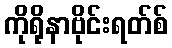
ကိုရိုနာဗိုင်းရတ်စ်